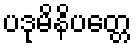
ပဒုမိနိပတ္တေ